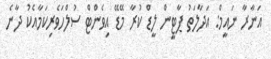
އަނާރާ ނައީމް: އަދާލަތު ޕާޓީން ލީޑް ކުރާ މޭޑޭ އިވެންޓް ސުލްހަވެރިކަމާއެކު ދާނެ